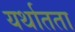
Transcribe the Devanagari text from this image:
यर्थातता